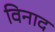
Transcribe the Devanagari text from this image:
विनाद